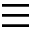
\equiv